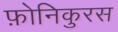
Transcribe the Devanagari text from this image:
फ़ोनिकुरस